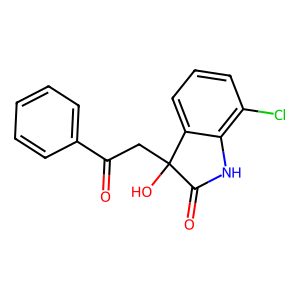
SMILES: O=C(CC1(O)C(=O)Nc2c(Cl)cccc21)c1ccccc1
Inhibits HIV replication: No